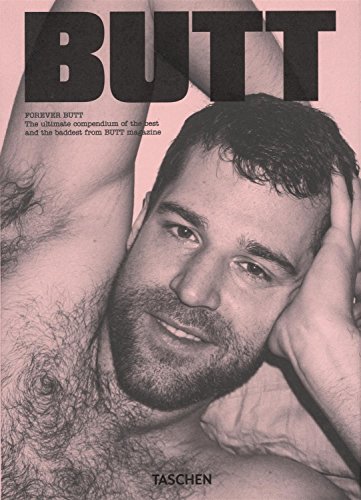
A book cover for Forever Butt; Arts & Photography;